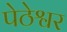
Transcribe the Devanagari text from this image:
पेठेश्वर